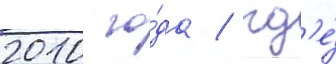
2010 го́да / гд'е́